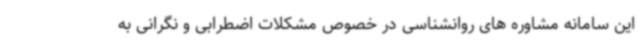
این سامانه مشاوره های روانشناسی در خصوص مشکلات اضطرابی و نگرانی به